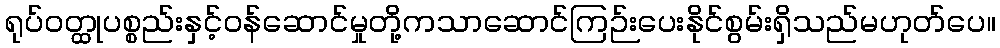
ရုပ်ဝတ္ထုပစ္စည်းနှင့်ဝန်ဆောင်မှုတို့ကသာဆောင်ကြဉ်းပေးနိုင်စွမ်းရှိသည်မဟုတ်ပေ။